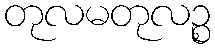
တုလမတုလဉ္စ